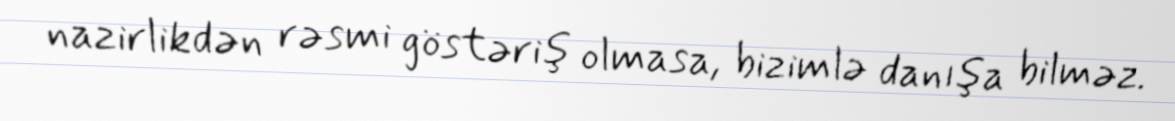
nazirlikdən rəsmi göstəriş olmasa, bizimlə danışa bilməz.